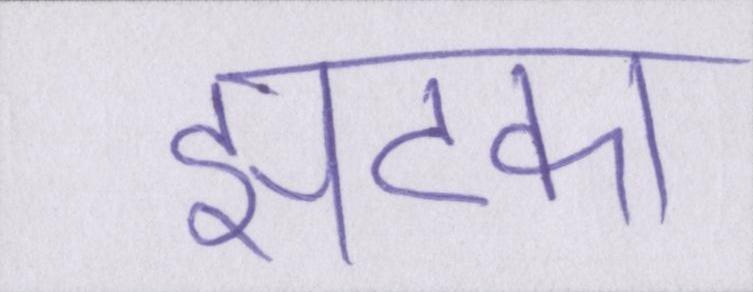
झटका